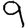
Digit: 9